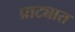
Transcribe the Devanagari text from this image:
प्राट्यात